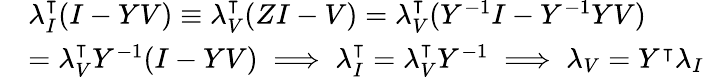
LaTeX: \begin{array}{rl}&{\lambda_{I}^{\intercal}(I-YV)\equiv\lambda_{V}^{\intercal}(ZI-V)=\lambda_{V}^{\intercal}(Y^{-1}I-Y^{-1}YV)}\\ &{=\lambda_{V}^{\intercal}Y^{-1}(I-YV)\implies\lambda_{I}^{\intercal}=\lambda_{V}^{\intercal}Y^{-1}\implies\lambda_{V}=Y^{\intercal}\lambda_{I}}\end{array}